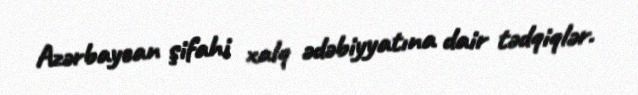
Azərbaycan şifahi xalq ədəbiyyatına dair tədqiqlər.